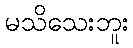
မသိသေးဘူး